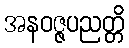
အနဝဇ္ဇပညတ္တိ